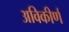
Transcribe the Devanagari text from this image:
अविकीर्ण